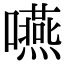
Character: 嚥